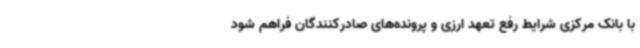
با بانک مرکزی شرایط رفع تعهد ارزی و پرونده‌های صادرکنندگان فراهم شود